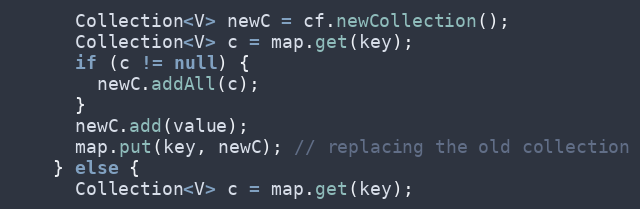
Language: Java
      Collection<V> newC = cf.newCollection();
      Collection<V> c = map.get(key);
      if (c != null) {
        newC.addAll(c);
      }
      newC.add(value);
      map.put(key, newC); // replacing the old collection
    } else {
      Collection<V> c = map.get(key);